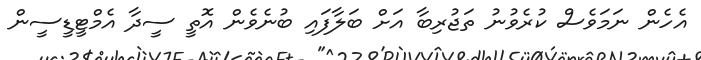
އެހެން ނަމަވެސް ކުރެވުނު ތަޖުރިބާ އަށް ބަލާފައި ބުނެވެން އޮތީ ސީދާ އެމްޓީޑީސީން